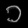
Digit: ၁